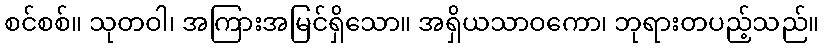
စင်စစ်။ သုတဝါ၊ အကြားအမြင်ရှိသော။ အရှိယသာဝကော၊ ဘုရားတပည့်သည်။